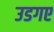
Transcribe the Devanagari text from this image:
उडगए